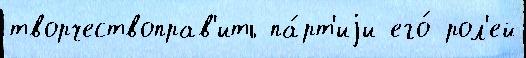
творчествоправ'ить па́рт'иjи его́ рол'ей